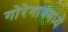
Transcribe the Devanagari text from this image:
गोरेगावमध्ये